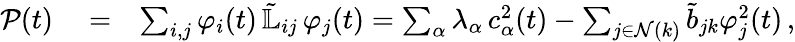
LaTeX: \begin{array}{rlr}{\mathcal{P}(t)}&{{}=}&{\sum_{i,j}\varphi_{i}(t)\, \tilde{\mathbb{L}}_{ij}\, \varphi_{j}(t)=\sum_{\alpha}\lambda_{\alpha}\, c_{\alpha}^{2}(t)-\sum_{j\in\mathcal{N}(k)}\tilde{b}_{jk}\varphi_{j}^{2}(t)\, ,}\end{array}